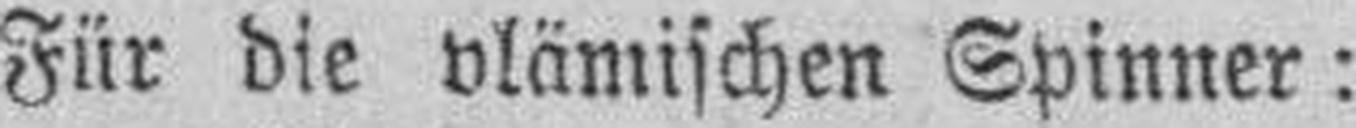
Für die vlämischen Spinner: